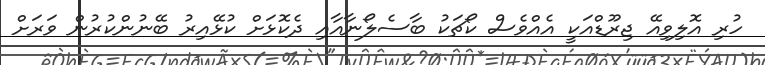
ހުރި އޮލިވިއޭ ޖިރޫޑްއަކީ އެއްވެސް ކޯޗަކު ބާސެލޯނާއާއި ދެކޮޅަށް ކުޅޭއިރު ބޭނުންކުރުން ވަރަށް